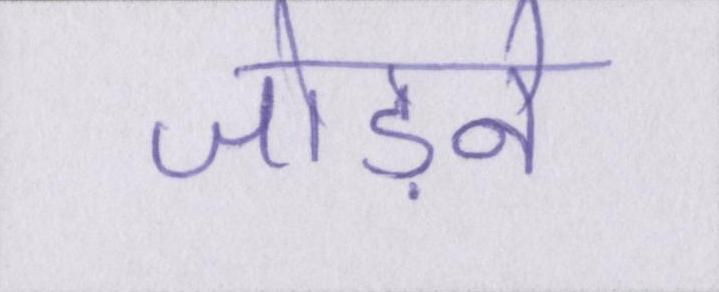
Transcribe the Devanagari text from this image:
जोड़ने